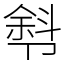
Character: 厁